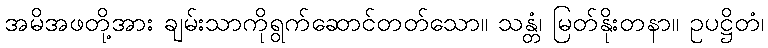
အမိအဖတို့အား ချမ်းသာကိုရွက်ဆောင်တတ်သော။ သန္တံ၊ မြတ်နိုးတနာ။ ဥပဋ္ဌိတံ၊